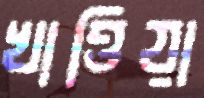
খাত্তিয়া